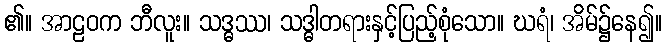
၏။ အာဠဝက ဘီလူး။ သဒ္ဓဿ၊ သဒ္ဓါတရားနှင့်ပြည့်စုံသော။ ဃရံ၊ အိမ်၌နေ၍။